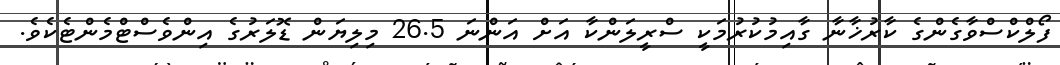
ފޯލްކްސްވާގެންގެ ކާރުޚާނާ ގާއިމުކުރުމަކީ ސްރީލަންކާ އަށް އަންނަ 26.5 މިލިޔަން ޑޮލަރުގެ އިންވެސްޓްމެންޓެކެވެ.